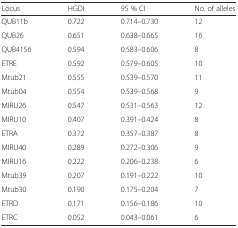
| Locus | HGDI | 95 % CI | No. of alleles |
 | --- | --- | --- | --- |
 | QUB11b | 0.722 | 0.714–0.730 | 12 |
 | QUB26 | 0.651 | 0.638–0.665 | 16 |
 | QUB4156 | 0.594 | 0.583–0.606 | 8 |
 | ETRE | 0.592 | 0.579–0.605 | 10 |
 | Mtub21 | 0.555 | 0.539–0.570 | 11 |
 | Mtub04 | 0.554 | 0.539–0.568 | 9 |
 | MIRU26 | 0.547 | 0.531–0.563 | 12 |
 | MIRU10 | 0.407 | 0.391–0.424 | 8 |
 | ETRA | 0.372 | 0.357–0.387 | 8 |
 | MIRU40 | 0.289 | 0.272–0.306 | 9 |
 | MIRU16 | 0.222 | 0.206–0.238 | 6 |
 | Mtub39 | 0.207 | 0.191–0.222 | 10 |
 | Mtub30 | 0.190 | 0.175–0.204 | 7 |
 | ETRD | 0.171 | 0.156–0.186 | 10 |
 | ETRC | 0.052 | 0.043–0.061 | 6 |